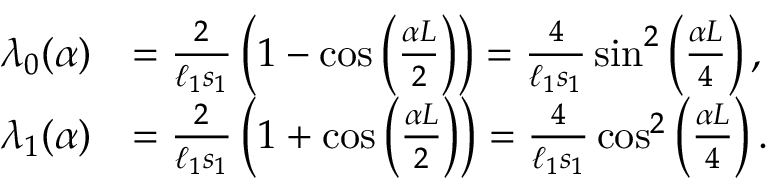
\begin{array} { r l } { \lambda _ { 0 } ( \alpha ) } & { = \frac { 2 } { \ell _ { 1 } s _ { 1 } } \left( 1 - \cos \left( \frac { \alpha L } { 2 } \right) \right) = \frac { 4 } { \ell _ { 1 } s _ { 1 } } \sin ^ { 2 } \left( \frac { \alpha L } { 4 } \right) , } \\ { \lambda _ { 1 } ( \alpha ) } & { = \frac { 2 } { \ell _ { 1 } s _ { 1 } } \left( 1 + \cos \left( \frac { \alpha L } { 2 } \right) \right) = \frac { 4 } { \ell _ { 1 } s _ { 1 } } \cos ^ { 2 } \left( \frac { \alpha L } { 4 } \right) . } \end{array}